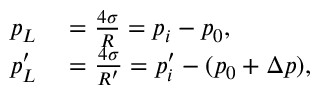
\begin{array} { r l } { p _ { L } } & { { } = \frac { 4 \sigma } { R } = p _ { i } - p _ { 0 } , } \\ { p _ { L } ^ { \prime } } & { { } = \frac { 4 \sigma } { R ^ { \prime } } = p _ { i } ^ { \prime } - ( p _ { 0 } + \Delta p ) , } \end{array}